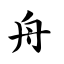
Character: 舟